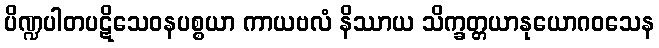
ပိဏ္ဍပါတပဋိသေဝနပစ္စယာ ကာယဗလံ နိဿာယ သိက္ခတ္တယာနုယောဂဝသေန